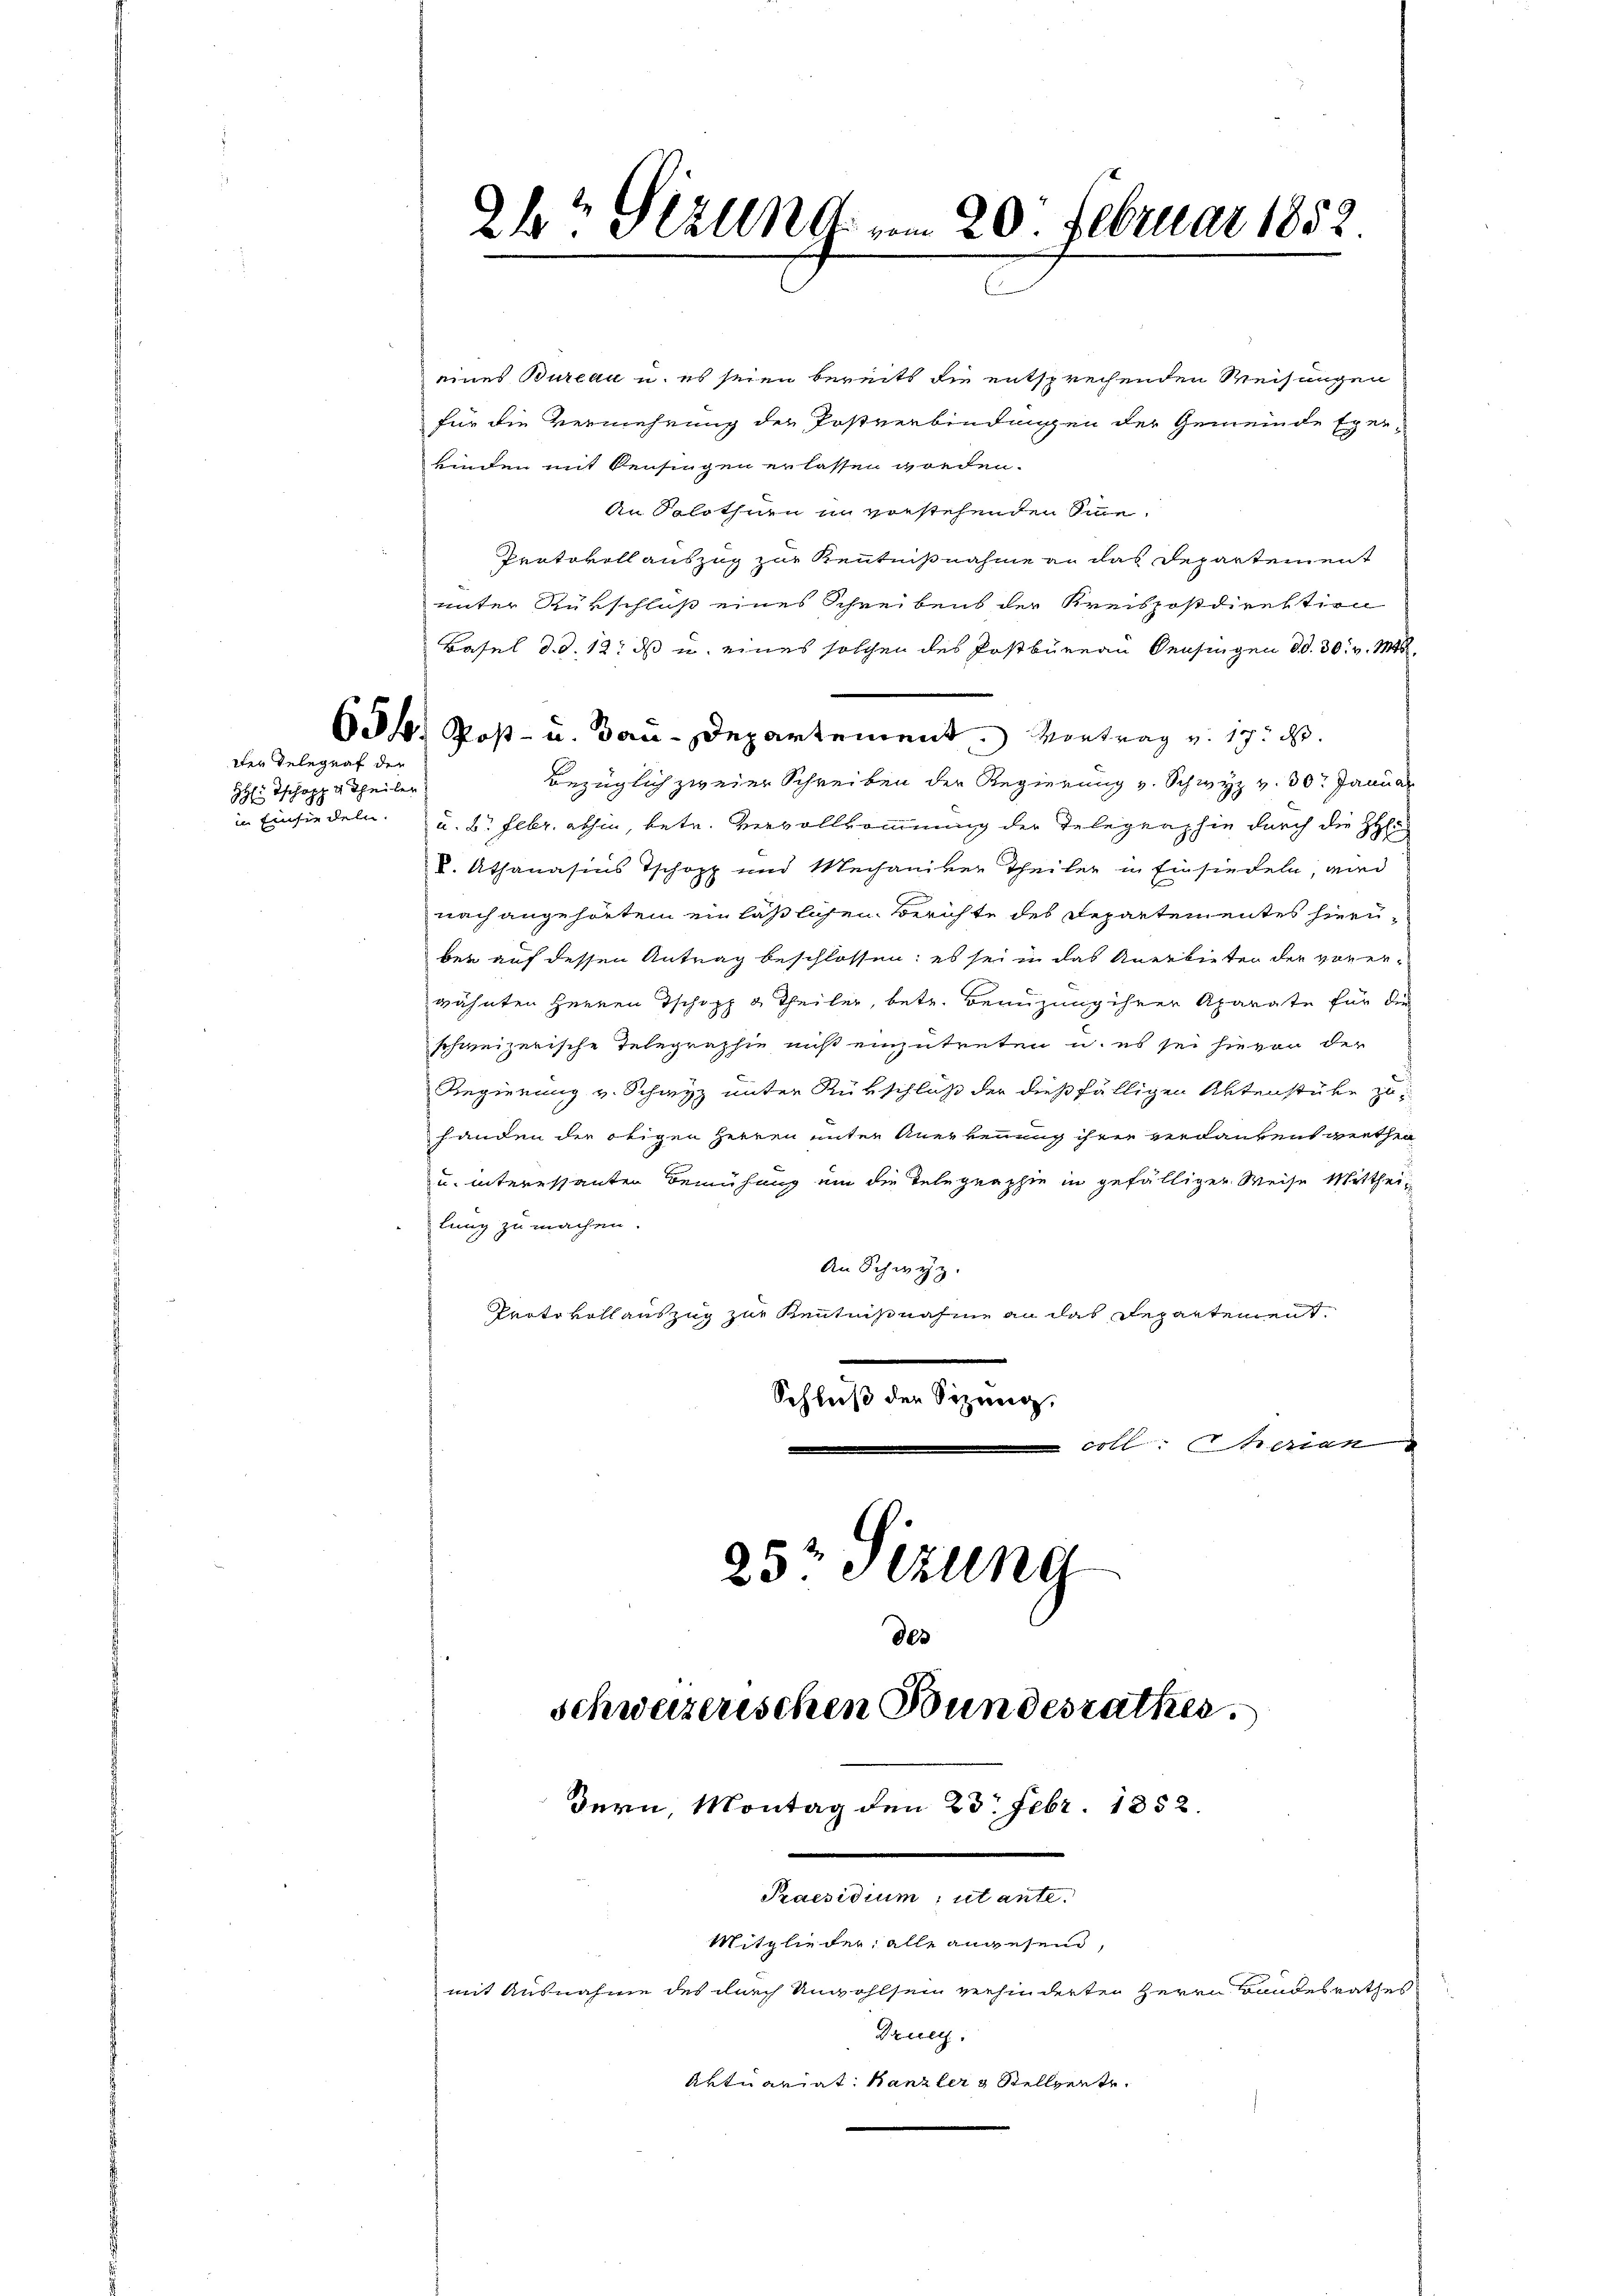
der Telegraf der
HH': Ischopp v Theiler

eines Bureau u. es seien bereits die entsprechenden Weisungen
für die Vermehrung der Postverbindungen der Gemeinde Exer-
kinden mit Pensingen erlassen worden.
An Solothurn in vorstehenden Sinne.
Protokoll auszug zur Kenntnißnahme an das Departement
unter Rükschluß eines Schreibens der Kreispostdirektion
Basel d. d. 12. ds u. eines solchen des Postbüreau densingen dd. 30. v. M.
.
634. Post- u. Bau-Departement Montrag v. 17. d.
Bezüglich zweier Schreiben der Regierung v. Schwyz v. 30. Januar
in Einsiedeln u. d. Febr. abhin, betr. Vervollkommnung der Telegraphie durch die HHer
k. Athanasius Tschopp und Mechaniker Theiler in Einsiedeln, und
nach angehörtem einläßlichen Berichte des Departementes hierüber auf dessen Antrag beschlossen; es sei in das Anerbieten der vorerwähnten Herren Tschopp 3 Theiler, betr. Benuzung ihrer Aparate für die
schweizerische Telegraphie muß einzutreten u. es sei hievon der
Regierung v. Schwyz unter Rükschluß der dießfälligen Aktenstüke zu
handen der obigen Herren unter Anerkennung ihrer verdanken gethen
u. interessanten Bemühung um die Telegraphie in gefälliger Weise Mittheilung zu machen.
An Schwyz.
Prato vollauszug zur Kenntnißnahme an das Departement
.
Schluß der Sitzung,
 coll. Iherian
25t Sezung

2h? Stzung vom 20. Februar 1852.

Bern, Montag den 23. Febr. 1852.
Praesidium, ut ante.
Mitglieder, alle angesend,

des
schweizerischen Bundesrathes.

mit Ausnahme des durch Unwohlsein verhinderten Herrn Bandesrathes
Grull.
Aktuariat Kanzler & Stellente